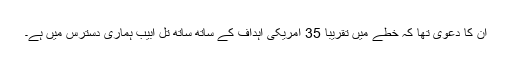
ان کا دعویٰ تھا کہ خطے میں تقریباً 35 امریکی اہداف کے ساتھ ساتھ تل ابیب ہماری دسترس میں ہے۔